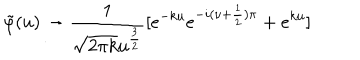
LaTeX: \tilde { \varphi } ( u ) \rightarrow \frac { 1 } { \sqrt { 2 \pi k } u ^ { \frac { 3 } { 2 } } } [ e ^ { - k u } e ^ { - i ( \nu + \frac { 1 } { 2 } ) \pi } + e ^ { k u } ]